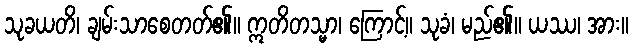
သုခယတိ၊ ချမ်းသာစေတတ်၏။ ဣတိတသ္မာ၊ ကြောင့်။ သုခံ၊ မည်၏။ ယဿ၊ အား။